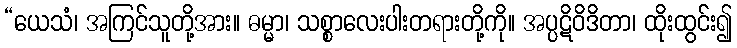
“ယေသံ၊ အကြင်သူတို့အား။ ဓမ္မာ၊ သစ္စာလေးပါးတရားတို့ကို။ အပ္ပဋိဝိဒိတာ၊ ထိုးထွင်း၍